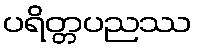
ပရိတ္တပညဿ